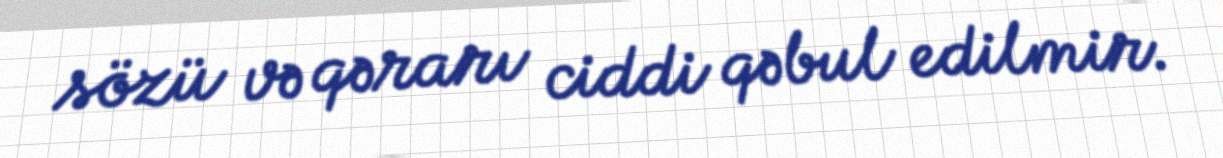
sözü və qərarı ciddi qəbul edilmir.